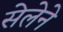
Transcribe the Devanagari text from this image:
सेलेने